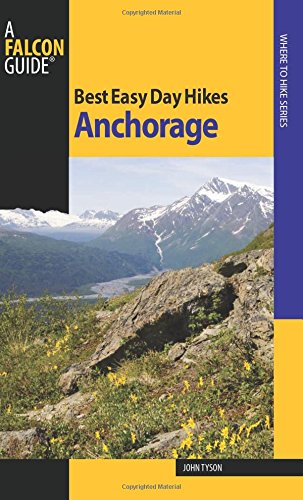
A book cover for Best Easy Day Hikes Anchorage (Best Easy Day Hikes Series); John Tyson; Travel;